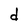
Character: d